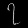
Digit: ၇